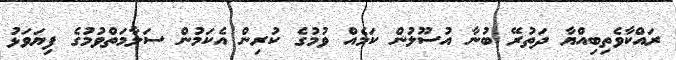
ރައްކާވެތިބިއްޔާ ދަތުރޭ ބުނާ އުސޫލުން ކަމެއް ވުމުގެ ކުރިން އެކަމުން ސަލާމަތްވުމުގެ ފިޔަވަޅު